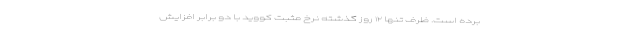
برده است. ظرف تنها ۱۲ روز گذشته نرخ مثبت کووید با دو برابر افزایش